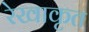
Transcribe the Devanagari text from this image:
रेखाकृत